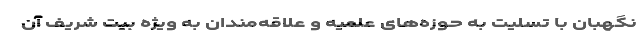
نگهبان با تسلیت به حوزه‌های علمیه و علاقه‌مندان به ویژه بیت شریف آن